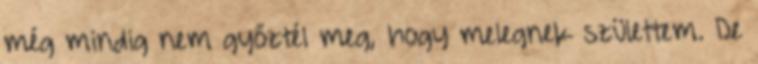
még mindig nem győztél meg, hogy melegnek születtem. De